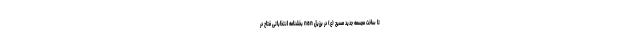
تا ساخت مجسمه جدید مسیح (ع) در برزیل nan بخشنامه انتخاباتی فتاح در